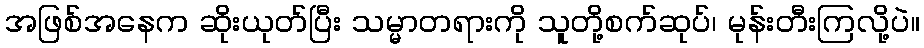
အဖြစ်အနေက ဆိုးယုတ်ပြီး သမ္မာတရားကို သူတို့စက်ဆုပ်၊ မုန်းတီးကြလို့ပဲ။